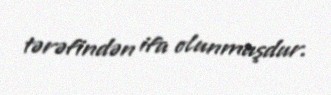
tərəfindən ifa olunmuşdur.